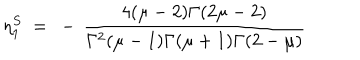
LaTeX: \eta _ { 1 } ^ { S } ~ = ~ - \, \frac { 4 ( \mu - 2 ) \Gamma ( 2 \mu - 2 ) } { \Gamma ^ { 2 } ( \mu - 1 ) \Gamma ( \mu + 1 ) \Gamma ( 2 - \mu ) }